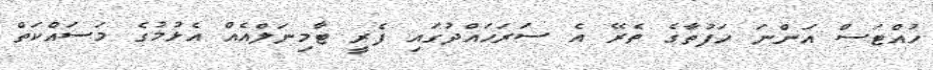
ހުއްޓަސް އަންނަ ހަފުތާގެ ތެރޭ އެ ސަރަހައްދުގައި ފެރީ ޓާމިނަލްއެއް އެޅުމުގެ މަސައްކަތް